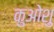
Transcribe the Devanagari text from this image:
कुओशु